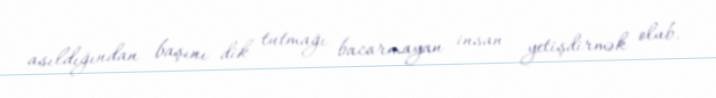
asıldığından başını dik tutmağı bacarmayan insan yetişdirmək olub.